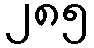
၂၈၅